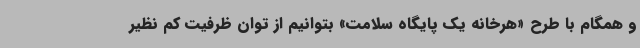
و همگام با طرح «هرخانه یک پایگاه سلامت» بتوانیم از توان ظرفیت کم نظیر